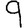
Digit: 9